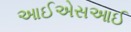
આઈએસઆઈ